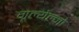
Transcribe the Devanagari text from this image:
गूल्येल्मो